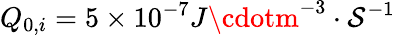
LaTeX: Q_{0,i}=5\times10^{-7}J\cdotm^{-3}\cdot\mathcal{S}^{-1}